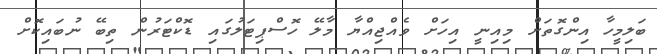
ބަލިމީހާ އިންގޮތަށް މިއިނީ އިހަށް ވެއްޖިއްޔާ މާލޭ ހޮސްޕިޓަލުގައި ޑޮކްޓަރުން ތިބޭ ނުބައިކޮށް